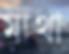
মাথা